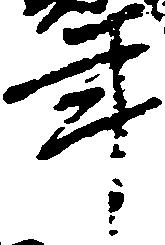
年